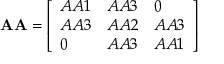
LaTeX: \mathbf { A A } = { \left[ \begin{array} { l l l } { A A 1 } & { A A 3 } & { 0 } \\ { A A 3 } & { A A 2 } & { A A 3 } \\ { 0 } & { A A 3 } & { A A 1 } \end{array} \right] }